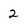
Character: 2